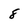
Character: 8